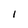
Character: 1